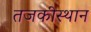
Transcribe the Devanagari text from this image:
तजकीस्थान